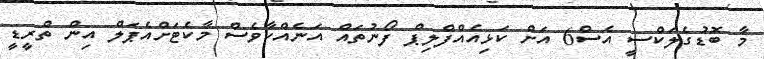
މާ ބޮޑުގެލަކްސީ އެސް6 އަށް ކަޅިއެއްފްލިޕް ފޯނުތައް އަނެއްކާވެސް މާކެޓަށްއެޕަލް އިން ތްރީޑީ